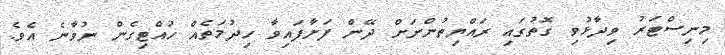
މިނިސްޓަރު ވިދާޅުވި ގޮތުގައި ރައްޔިތުންނަށް ދޭން ފަށާފައިވާ ހިދުމަތެއް ހުއްޓިގެން ނުވާނެ އެވެ.